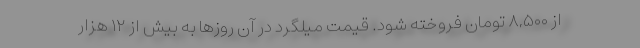
از ۸,۵۰۰ تومان فروخته شود. قیمت میلگرد در آن روزها به بیش از ۱۲ هزار